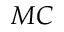
M C